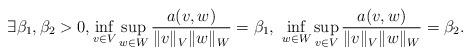
LaTeX: \begin{align*} \exists \beta_1,\beta_2>0, \inf_{v\in V}\sup_{w\in W}\frac{a(v,w)}{\|v\|_{V}\|w\|_{W}}= \beta_1,\ \inf_{w\in W}\sup_{v\in V}\frac{a(v,w)}{\|v\|_{V}\|w\|_{W}}= \beta_2.\end{align*}